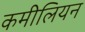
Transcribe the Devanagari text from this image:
कमीलियन